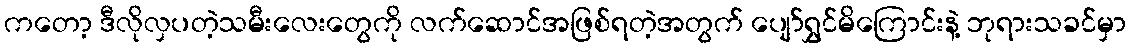
ကတော့ ဒီလိုလှပတဲ့သမီးလေးတွေကို လက်ဆောင်အဖြစ်ရတဲ့အတွက် ပျော်ရွှင်မိကြောင်းနဲ့ ဘုရားသခင်မှာ